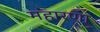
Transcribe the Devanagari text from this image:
महारणा